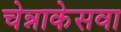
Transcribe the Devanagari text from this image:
चेन्नाकेसवा